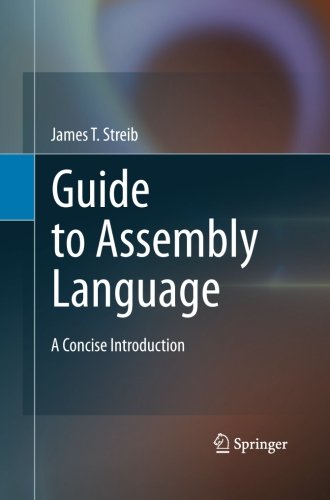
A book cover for Guide to Assembly Language: A Concise Introduction; James T. Streib; Computers & Technology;